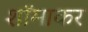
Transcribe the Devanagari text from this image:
शॉमाकर